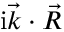
\mathrm { i } \vec { k } \cdot \vec { R }